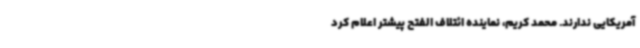
آمریکایی ندارند. محمد کریم، نماینده ائتلاف الفتح پیشتر اعلام کرد